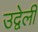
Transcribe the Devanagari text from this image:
उद्वेली